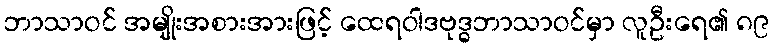
ဘာသာဝင် အမျိုးအစားအားဖြင့် ထေရဝါဒဗုဒ္ဓဘာသာဝင်မှာ လူဦးရေ၏ ၈၉